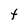
Character: t